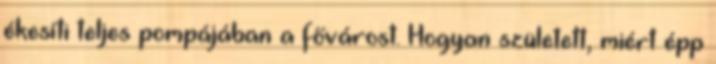
ékesíti teljes pompájában a fővárost. Hogyan született, miért épp